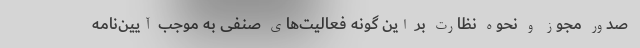
صدور مجوز و نحوه نظارت بر این گونه فعالیت‌های صنفی به موجب آیین‌نامه